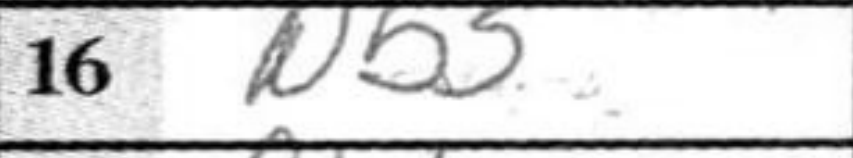
Transcription: Nb5